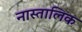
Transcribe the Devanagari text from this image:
नास्तालिक